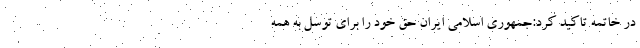
در خاتمه تاکید کرد:جمهوری اسلامی ایران حق خود را برای توسل به همه